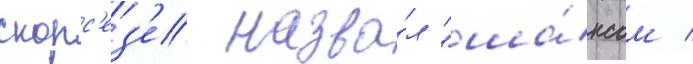
скорс'ез'е назва́л "ша́нсом /